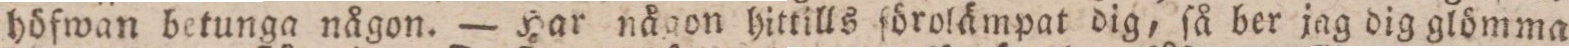
höfwan betunga någon. — Har någon hittills förolämpat dig, ſå ber jag dig glömma